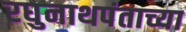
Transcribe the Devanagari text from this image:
रघुनाथपंताच्या